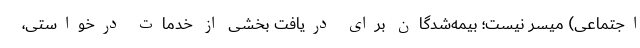
اجتماعی) میسر نیست؛ بیمه‌شدگان برای دریافت بخشی از خدمات درخواستی،